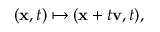
( \mathbf { x } , t ) \mapsto ( \mathbf { x } + t \mathbf { v } , t ) ,